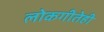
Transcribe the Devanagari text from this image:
लोकगीतेही